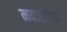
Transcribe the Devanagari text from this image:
नवजादिक